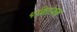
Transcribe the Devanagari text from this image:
पर्व्राािजक